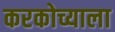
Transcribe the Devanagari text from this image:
करकोच्याला